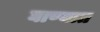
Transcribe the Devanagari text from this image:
घाण्यात